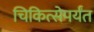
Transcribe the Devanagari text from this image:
चिकित्सेपर्यंत